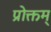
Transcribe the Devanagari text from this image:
प्रोक्तम्